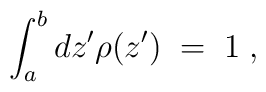
\int_a^b d z^\prime\rho(z^\prime)\;=\;1\;,